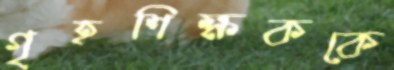
গৃহশিক্ষককে